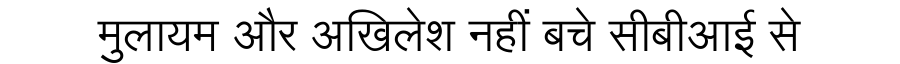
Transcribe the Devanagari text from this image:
मुलायम और अखिलेश नहीं बचे सीबीआई से